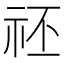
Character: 𥘻